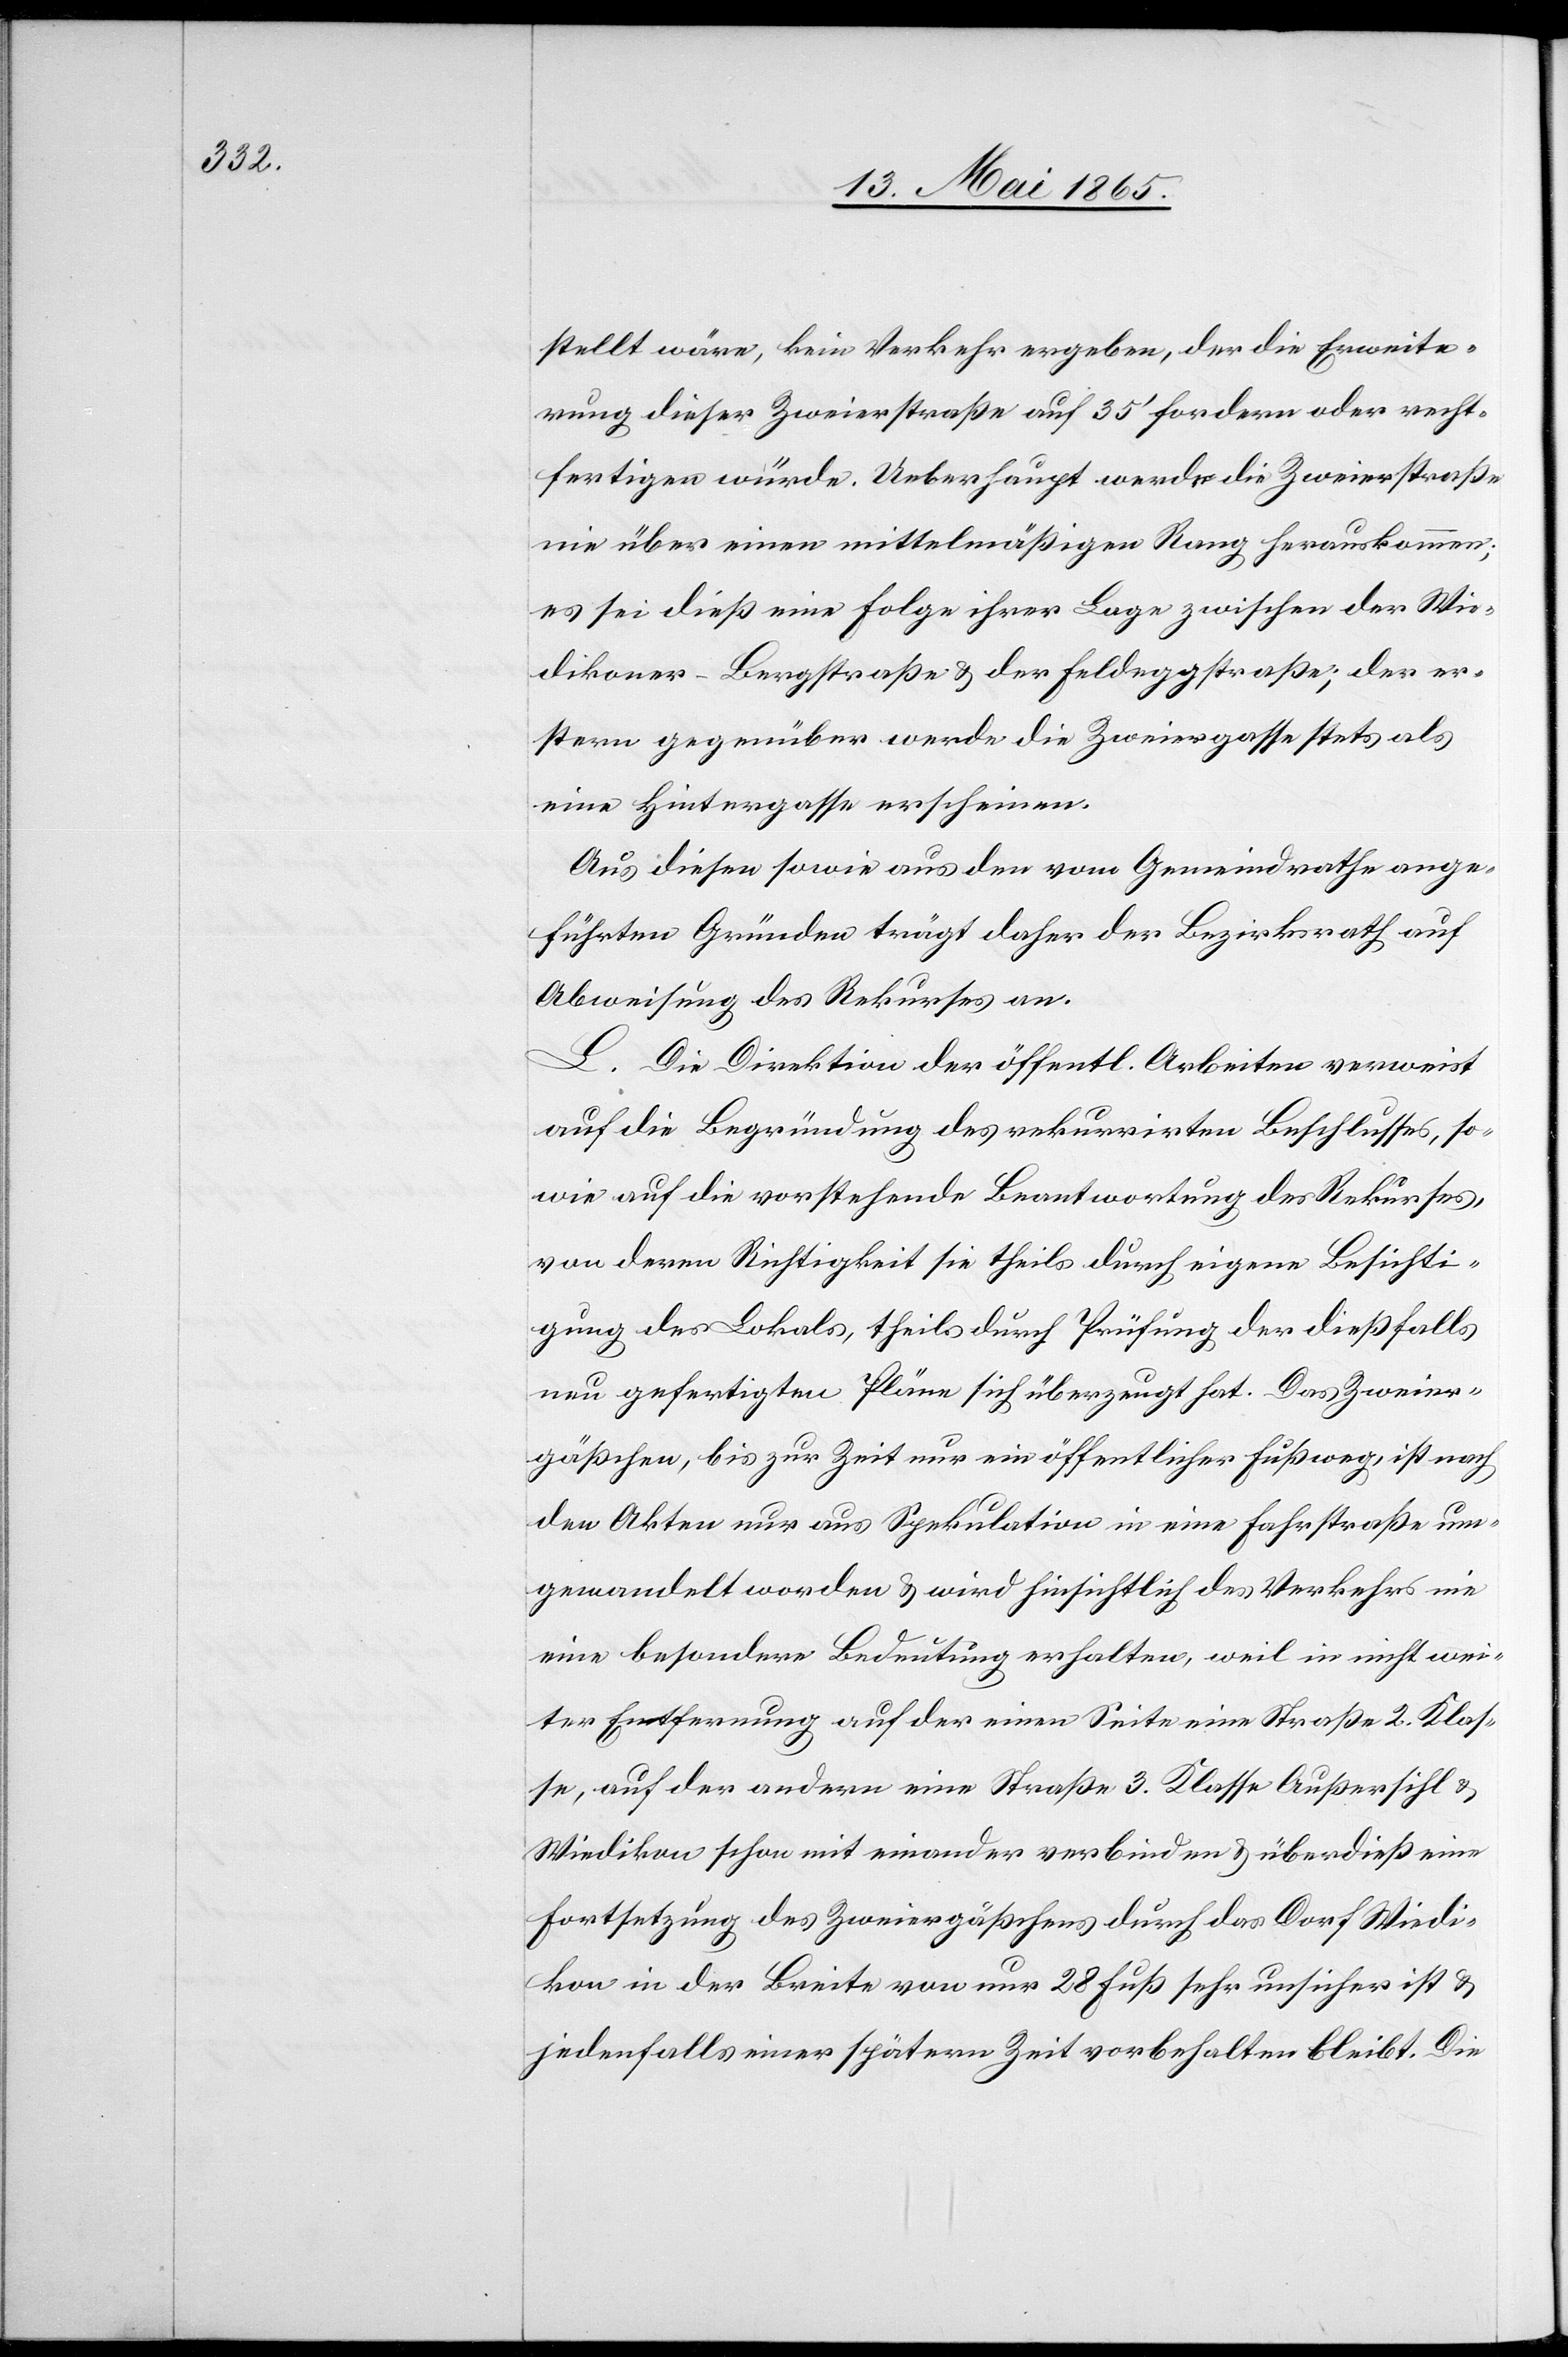
stellt wäre, kein Verkehr ergeben, der die Erweite¬
rung dieser Zweierstraße auf 35’ fordern oder recht¬
fertigen würde. Ueberhaupt werde die Zweierstraße
nie über einen mittelmäßigen Rang herauskommen;
es sei dieß eine Folge ihrer Lage zwischen der Wie¬
dikoner-Bergstraße & der Feldeggstraße; der er¬
stern gegenüber werde die Zweiergasse stets als
eine Hintergasse erscheinen.
Aus diesen sowie aus den vom Gemeindrathe ange¬
führten Gründen trägt daher der Bezirksrath auf
Abweisung des Rekurses an.
L. Die Direktion der öffentl. Arbeiten verweist
auf die Begründung des rekurrirten Beschlusses, so¬
wie auf die vorstehende Beantwortung des Rekurses,
von deren Richtigkeit sie theils durch eigene Besichti¬
gung des Lokals, theils durch Prüfung der dießfalls
neu gefertigten Pläne sich überzeugt hat. Das Zweier¬
gäßchen, bis zur Zeit nur ein öffentlicher Fußweg, ist nach
den Akten nur aus Spekulation in eine Fahrstraße um¬
gewandelt worden & wird hinsichtlich des Verkehrs nie
eine besondere Bedeutung erhalten, weil in nicht wei¬
ter Entfernung auf der einen Seite eine Straße 2. Klas¬
se, auf der andern eine Straße 3. Klasse Außersihl &
Wiedikon schon mit einander verbinden & überdieß eine
Fortsetzung des Zweiergäßchens durch das Dorf Wiedi¬
kon in der Breite von nur 28 Fuß sehr unsicher ist &
jedenfalls einer spätern Zeit vorbehalten bleibt. Die